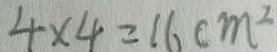
4 \times 4 = 1 6 c m ^ { 2 }